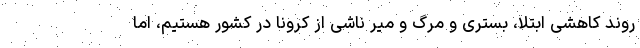
روند کاهشی ابتلا، بستری و مرگ و میر ناشی از کرونا در کشور هستیم، اما